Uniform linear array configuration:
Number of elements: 12
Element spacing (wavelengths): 1
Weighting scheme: binomial
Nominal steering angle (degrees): -45
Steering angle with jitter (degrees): -43.297
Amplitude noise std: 0.05
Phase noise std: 0.05

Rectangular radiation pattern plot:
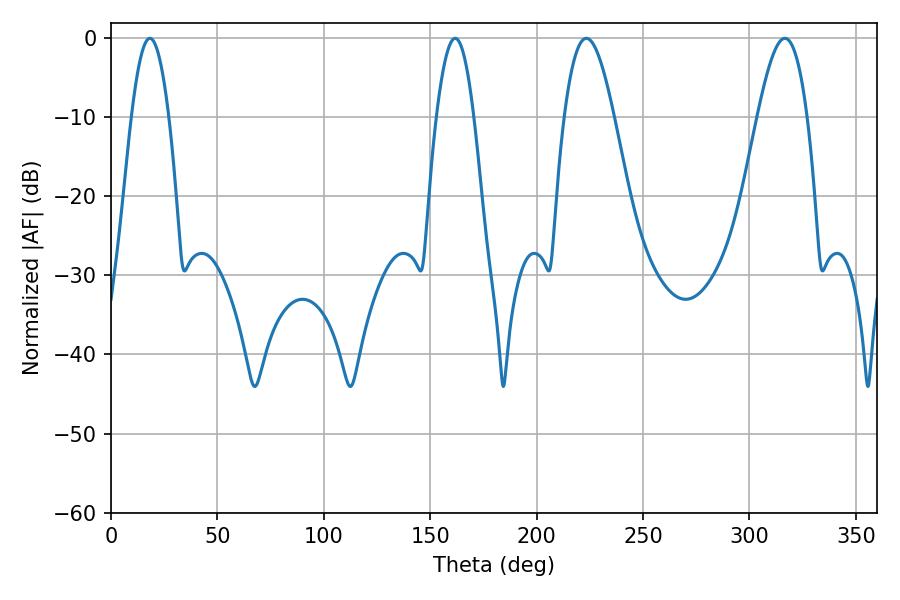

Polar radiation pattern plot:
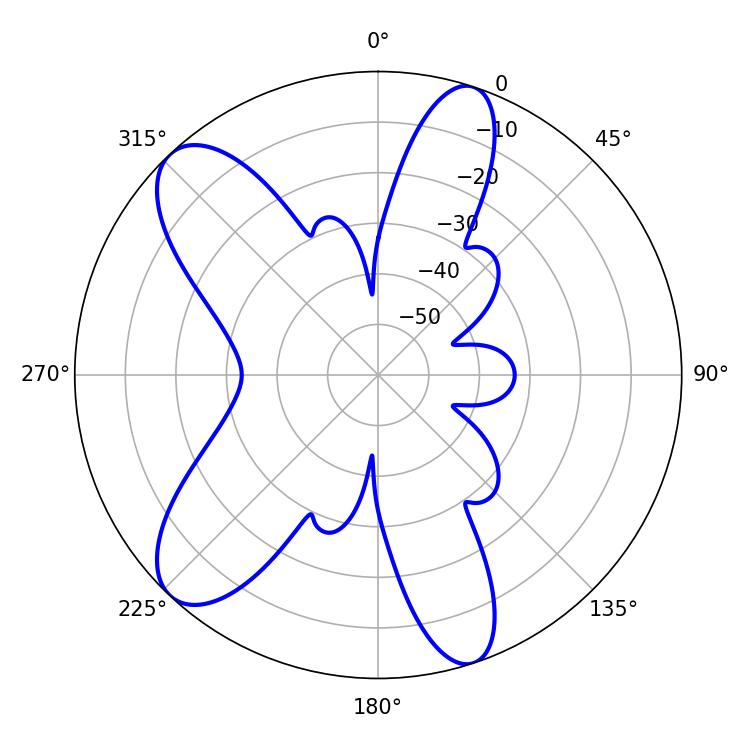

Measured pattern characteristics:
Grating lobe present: TRUE
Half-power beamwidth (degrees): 12.6
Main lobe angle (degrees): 223.38